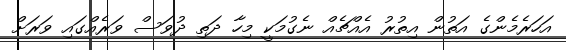
އަހަރެމެންގެ އަތުން އިތުރު އެއްޗެއް ނެގުމަކީ މިހާ ދަތި ދުވަސް ވަރެއްގައި ވަރަށް